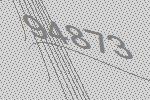
94873